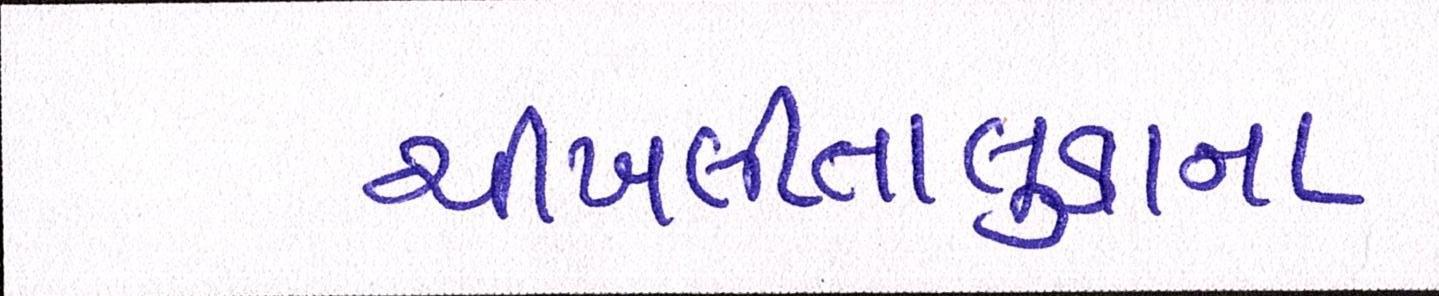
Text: ચીખલીતાલુકાના